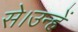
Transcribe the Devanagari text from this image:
से।उन्हें